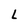
Character: L